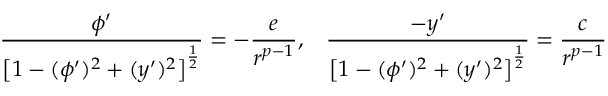
\frac { \phi ^ { \prime } } { \left[ 1 - ( \phi ^ { \prime } ) ^ { 2 } + ( y ^ { \prime } ) ^ { 2 } \right] ^ { \frac { 1 } { 2 } } } = - \frac { e } { r ^ { p - 1 } } , \; \; \; \frac { - y ^ { \prime } } { \left[ 1 - ( \phi ^ { \prime } ) ^ { 2 } + ( y ^ { \prime } ) ^ { 2 } \right] ^ { \frac { 1 } { 2 } } } = \frac { c } { r ^ { p - 1 } }